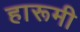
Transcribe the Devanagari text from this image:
हारूमी